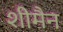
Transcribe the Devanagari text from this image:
शीमैन